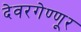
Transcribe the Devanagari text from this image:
देवरगेण्णूर